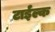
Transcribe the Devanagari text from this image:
टाईल्क